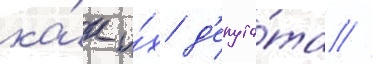
ка́к и́х д'епута́та //